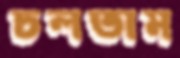
চলতাম